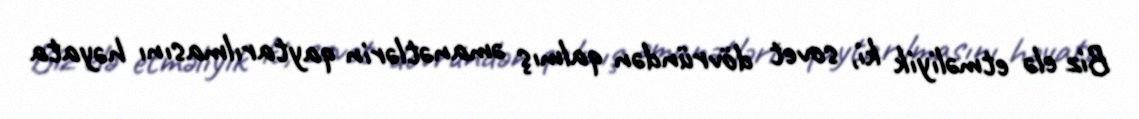
Biz elə etməliyik ki, sovet dövründən qalmış əmanətlərin qaytarılmasını həyata